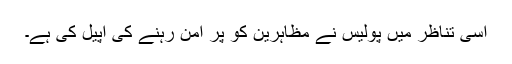
اسی تناظر میں پولیس نے مظاہرین کو پُر امن رہنے کی اپیل کی ہے۔